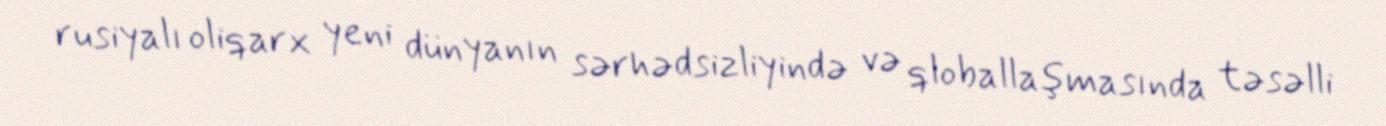
rusiyalı oliqarx yeni dünyanın sərhədsizliyində və qloballaşmasında təsəlli